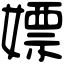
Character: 嫖